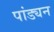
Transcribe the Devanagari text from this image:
पांड्यन